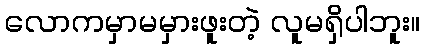
လောကမှာမမှားဖူးတဲ့ လူမရှိပါဘူး။